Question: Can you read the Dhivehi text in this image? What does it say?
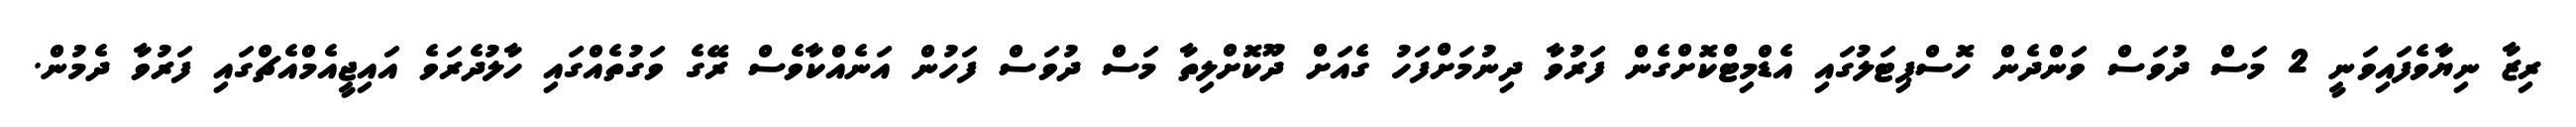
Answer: ރިޒާ ނިޔާވެފައިވަނީ 2 މަސް ދުވަސް ވަންދެން ހޮސްޕިޓަލުގައި އެޑްމިޓްކޮށްގެން ފަރުވާ ދިނުމަށްފަހު ގެއަށް ދޫކޮށްލިތާ މަސް ދުވަސް ފަހުން އަނެއްކާވެސް ރޭގެ ވަގުތެއްގައި ހާލުދެރަވެ އައިޖީއެމްއެޗްގައި ފަރުވާ ދެމުން.